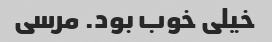
خیلی خوب بود. مرسی